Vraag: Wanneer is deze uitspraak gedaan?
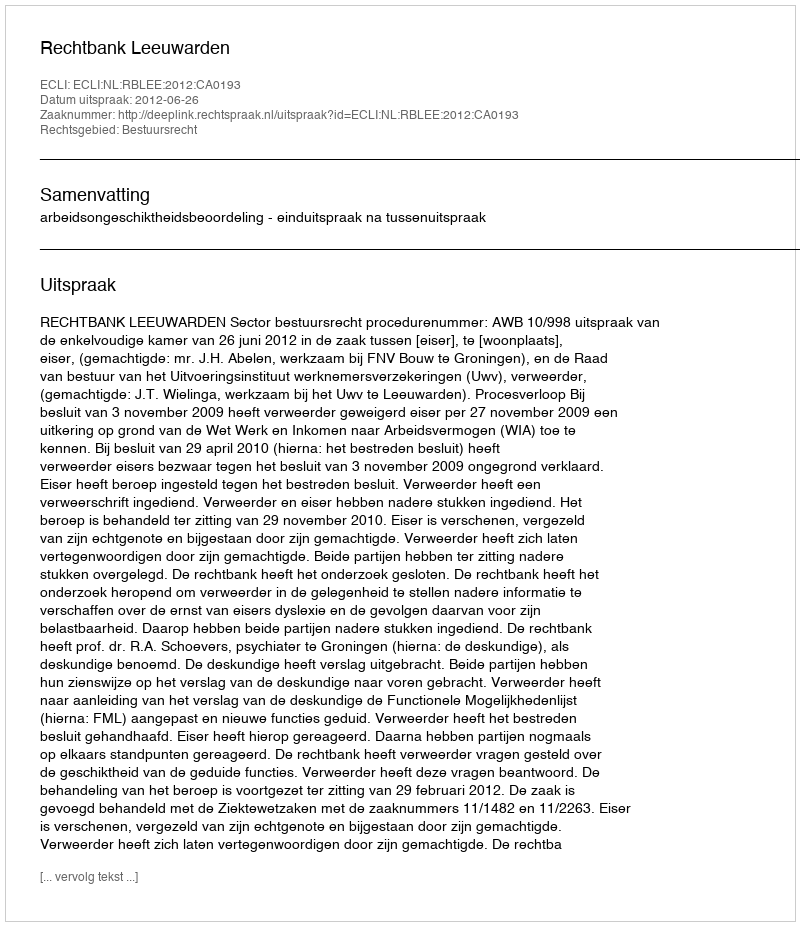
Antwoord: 2012-06-26